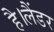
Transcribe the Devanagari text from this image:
है।लैंडर